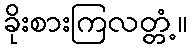
ခိုးစားကြလတ္တံ့။